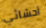
أحشائي